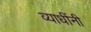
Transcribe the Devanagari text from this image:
व्याधींनी